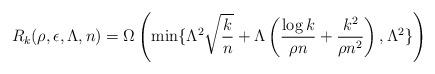
LaTeX: \begin{align*} &R_k(\rho,\epsilon,\Lambda,n)=\Omega\left(\min\{\Lambda^2 \sqrt{\frac{k}{n}}+\Lambda \left(\frac{\log k}{ \rho n}+\frac{k^2}{\rho n^2}\right),\Lambda^2\}\right) \end{align*}